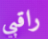
راقبي